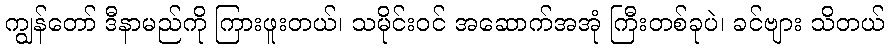
ကျွန်တော် ဒီနာမည်ကို ကြားဖူးတယ်၊ သမိုင်းဝင် အဆောက်အအုံ ကြီးတစ်ခုပဲ၊ ခင်ဗျား သိတယ်